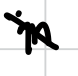
Text: in
Cross-out: mix
Writing tool: digital_black